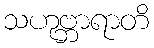
သဟုဗ္ဘာရာတိ